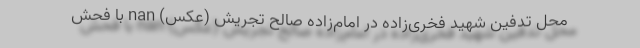
محل تدفین شهید فخری‌زاده در امام‌زاده صالح تجریش (عکس) nan با فحش